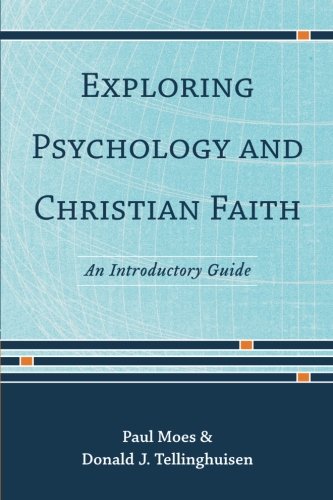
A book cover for Exploring Psychology and Christian Faith: An Introductory Guide; Donald J. Tellinghuisen; Religion & Spirituality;